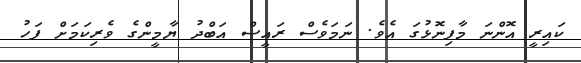
ކައިރީ އޮންނަ މާފިނޮޅުގަ އެވެ. ނަމަވެސް ރައީސް އަބްދު ޔާމީންގެ ވެރިކަމަށް ފަހު